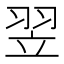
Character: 翌